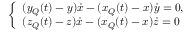
\left\{ \begin{array} { l } { ( y _ { Q } ( t ) - y ) { \dot { x } } - ( x _ { Q } ( t ) - x ) { \dot { y } } = 0 , } \\ { ( z _ { Q } ( t ) - z ) { \dot { x } } - ( x _ { Q } ( t ) - x ) { \dot { z } } = 0 } \end{array} \right.